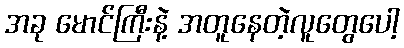
အခု မောင်ကြီးနဲ့ အတူနေတဲ့လူတွေပေါ့